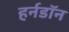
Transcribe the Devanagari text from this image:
हर्नडॉन